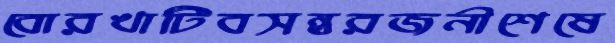
বোরখাটিবসন্তরজনীশেষে